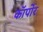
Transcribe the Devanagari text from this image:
कॉर्पोर